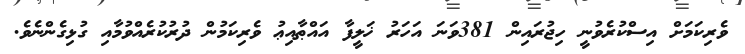
ވެރިކަމަށް އިސްކުރެވުނީ ހިޖުރައިން 381ވަނަ އަހަރު ޚަލީފާ އައްޠާއިޢު ވެރިކަމުން ދުރުކުރެއްވުމާއި ގުޅިގެންނެވެ.